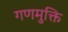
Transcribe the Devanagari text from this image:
गणमुक्ति